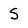
Character: S